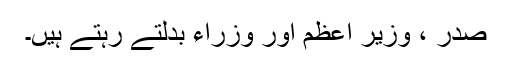
صدر ، وزیر اعظم اور وزراء بدلتے رہتے ہیں۔